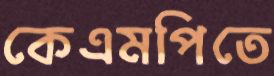
কেএমপিতে